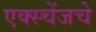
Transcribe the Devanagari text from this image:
एक्स्चेंजचे